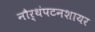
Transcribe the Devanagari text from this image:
नौर्थंपटनशायर